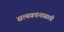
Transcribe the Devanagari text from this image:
सत्यवचनासाठी